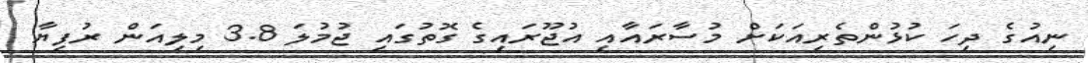
ނިއުގެ ދިހަ ކުޅުންތެރިއަކަށް މުސާރައާއި އުޖޫރައިގެ ގޮތުގައި ޖުމުލަ 3.8 މިލިއަން ރުފިޔާ